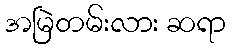
အမြဲတမ်းလား ဆရာ